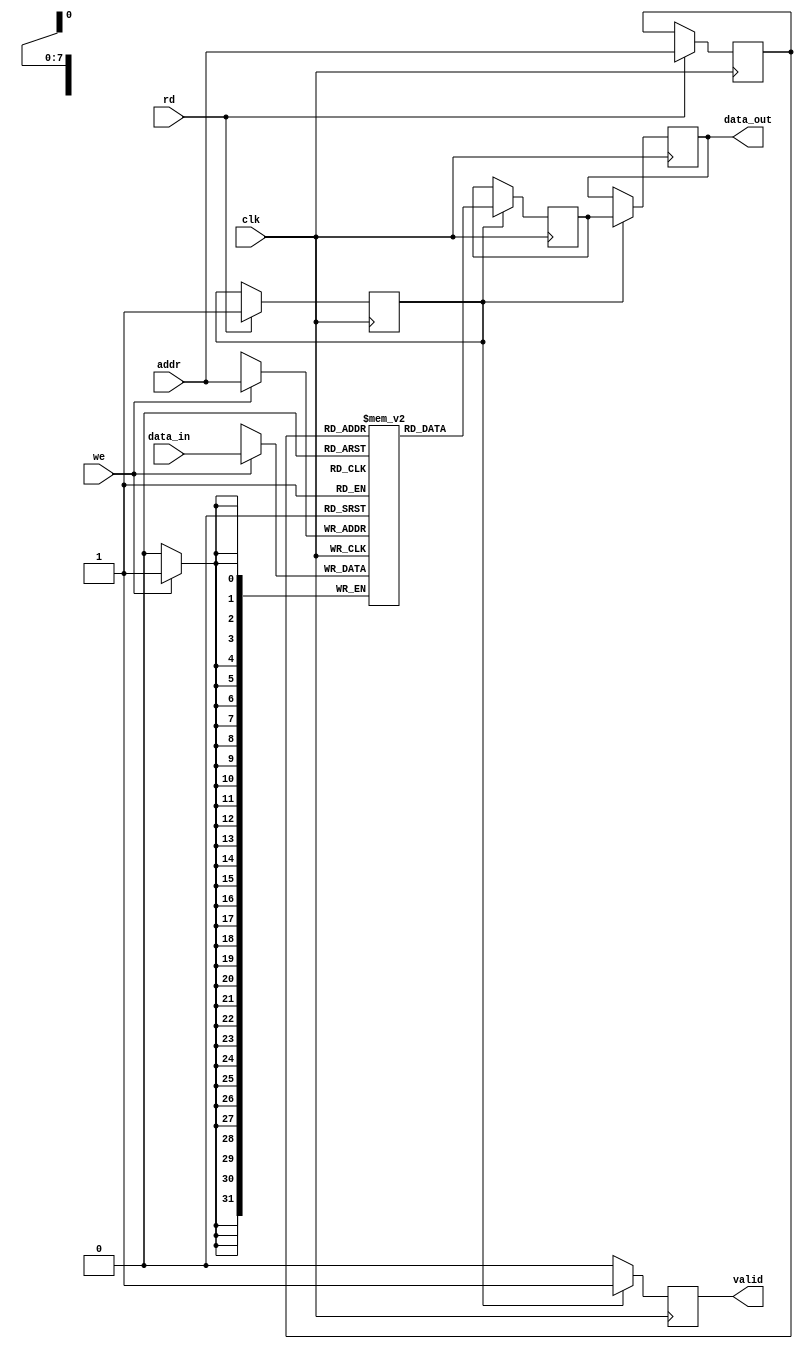
module IOBlocksPipelineRAM #(
    parameter DATA_WIDTH = 32,  // Width of data bus
    parameter ADDR_WIDTH = 8,    // Address bits (256 words max)
    parameter DEPTH = 1 << ADDR_WIDTH // Total memory depth
)(
    input wire clk,                // Clock signal
    input wire [ADDR_WIDTH-1:0] addr, // Address input
    input wire [DATA_WIDTH-1:0] data_in, // Data input
    input wire we,                // Write enable
    input wire rd,                // Read enable
    output reg [DATA_WIDTH-1:0] data_out, // Data output
    output reg valid              // Valid data indicator
);

    // Memory array
    reg [DATA_WIDTH-1:0] memory [0:DEPTH-1];

    // Pipeline registers
    reg [ADDR_WIDTH-1:0] addr_reg;
    reg [DATA_WIDTH-1:0] data_out_reg;
    reg we_reg;
    reg rd_reg;

    // Write Operation
    always @(posedge clk) begin
        if (we) begin
            memory[addr] <= data_in; // Write data to memory
        end
    end
    
    // Pipeline Stage 1: Address latching
    always @(posedge clk) begin
        if (rd) begin
            addr_reg <= addr; // Latch the address for reading
            we_reg <= we;     // Latch write enable signal
            rd_reg <= rd;     // Latch read enable signal
        end
    end

    // Pipeline Stage 2: Data Retrieval
    always @(posedge clk) begin
        if (rd_reg) begin
            data_out_reg <= memory[addr_reg]; // Read data from memory
            valid <= 1'b1; // Indicate that valid data is available
        end else begin
            valid <= 1'b0; // No valid data if not reading
        end
    end

    // Output Assignment
    always @(posedge clk) begin
        if (rd_reg) begin
            data_out <= data_out_reg; // Drive the data output
        end
    end

endmodule